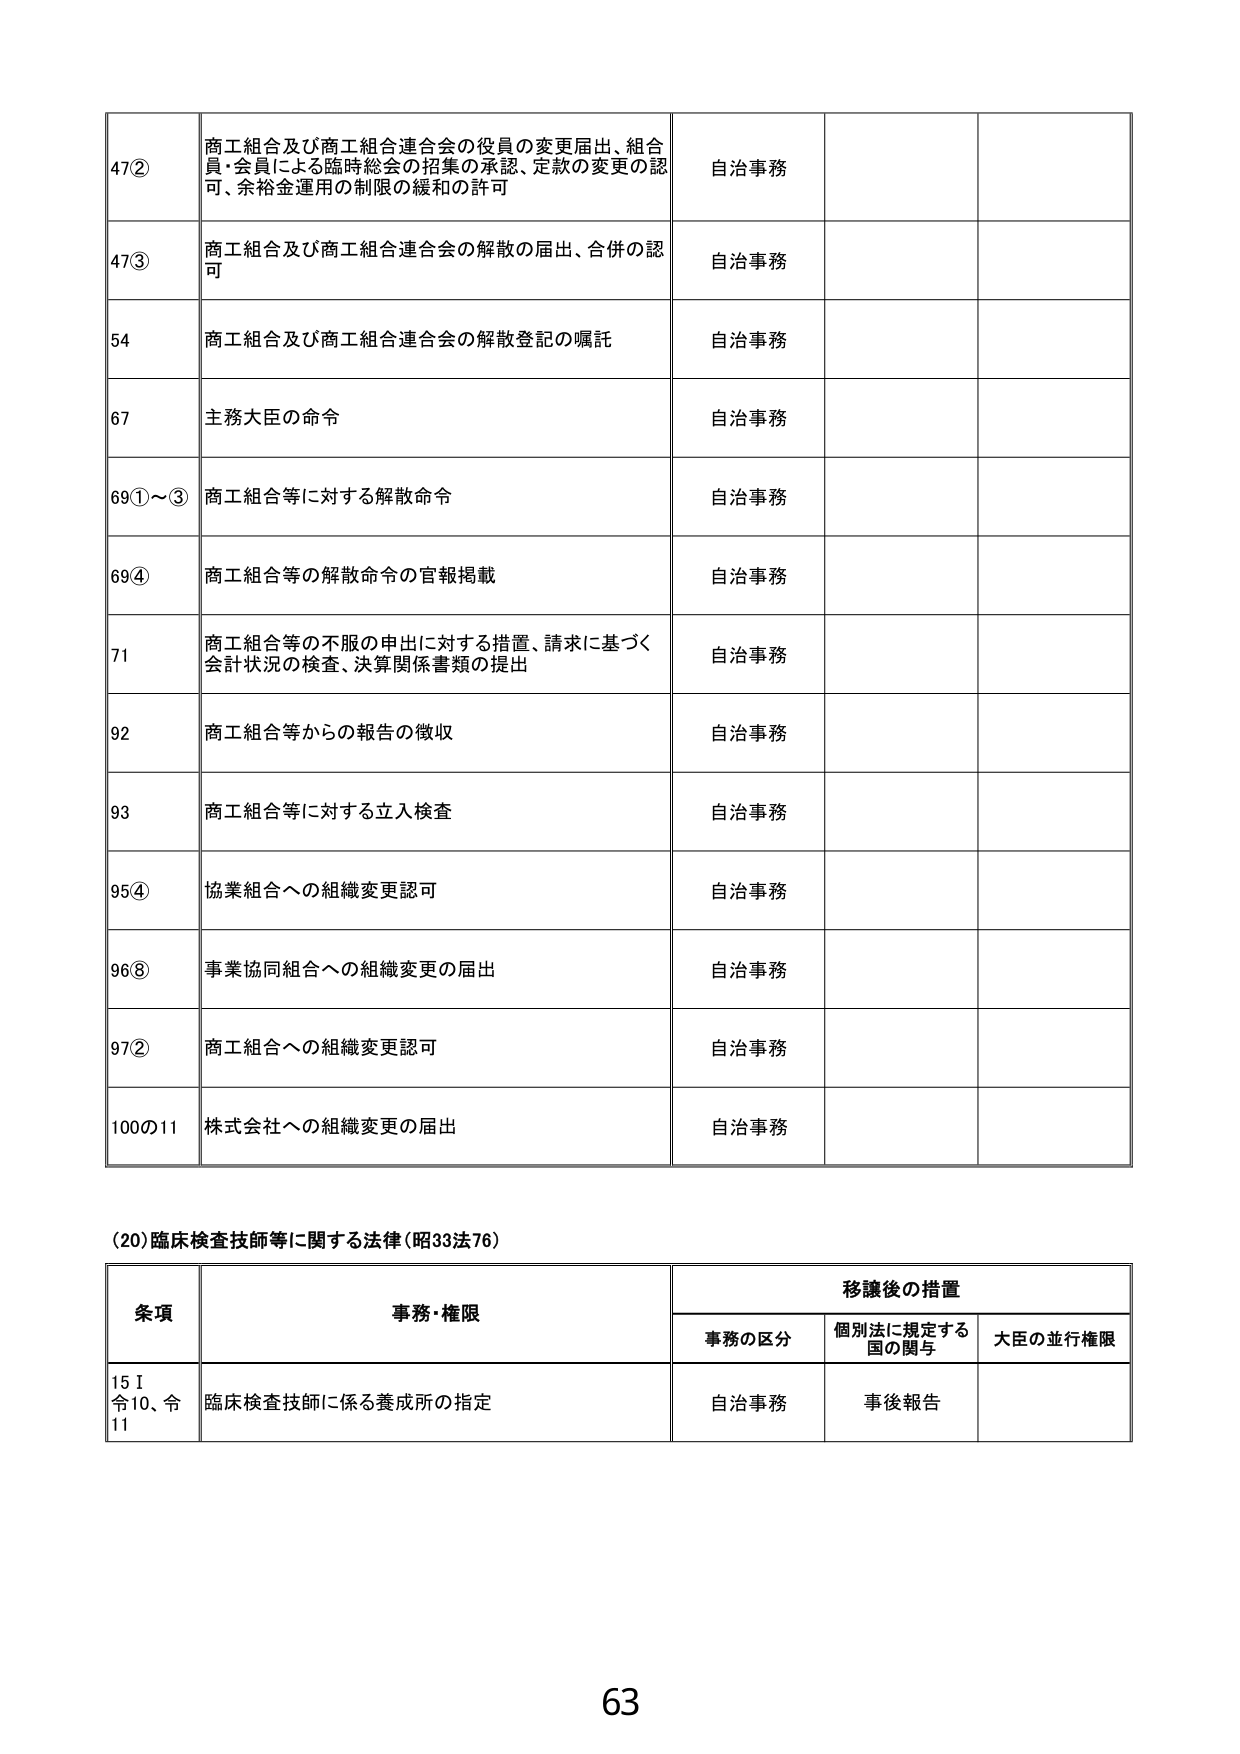
47② 商工組合及び商工組合連合会の役員の変更届出、組合員・会員による臨時総会の招集の承認、定款の変更の認可、余裕金運用の制限の緩和の許可 自治事務

47③ 商工組合及び商工組合連合会の解散の届出、合併の認可 自治事務

54 商工組合及び商工組合連合会の解散登記の嘱託 自治事務

67 主務大臣の命令 自治事務

69①～③ 商工組合等に対する解散命令 自治事務

69④ 商工組合等の解散命令の官報掲載 自治事務

71 商工組合等の不服の申出に対する措置、請求に基づく会計状況の検査、決算関係書類の提出 自治事務

92 商工組合等からの報告の徴収 自治事務

93 商工組合等に対する立入検査 自治事務

95④ 協業組合への組織変更認可 自治事務

96⑧ 事業協同組合への組織変更の届出 自治事務

97② 商工組合への組織変更認可 自治事務

100の11 株式会社への組織変更の届出 自治事務

(20) 臨床検査技師等に関する法律（昭33法76）

条項 事務・権限 移譲後の措置
事務の区分 個別法に規定する国の関与 大臣の並行権限

15Ⅰ 令10、令11 臨床検査技師に係る養成所の指定 自治事務 事後報告

63